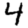
Digit: 4